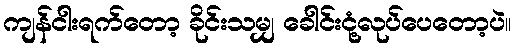
ကျန်ငါးရက်တော့ ခိုင်းသမျှ ခေါင်းငုံ့လုပ်ပေတော့ပဲ။